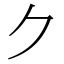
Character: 𠂊